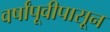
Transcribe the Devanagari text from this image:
वर्षांपूवीपासून